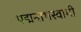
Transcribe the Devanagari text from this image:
पद्मनाभस्‍वामी